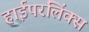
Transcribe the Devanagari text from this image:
हाईपरलिंक्स